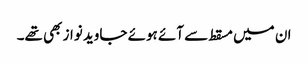
ان میں مسقط سے آئے ہوئے جاوید نواز بھی تھے۔